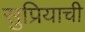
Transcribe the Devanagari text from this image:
सुप्रियाची